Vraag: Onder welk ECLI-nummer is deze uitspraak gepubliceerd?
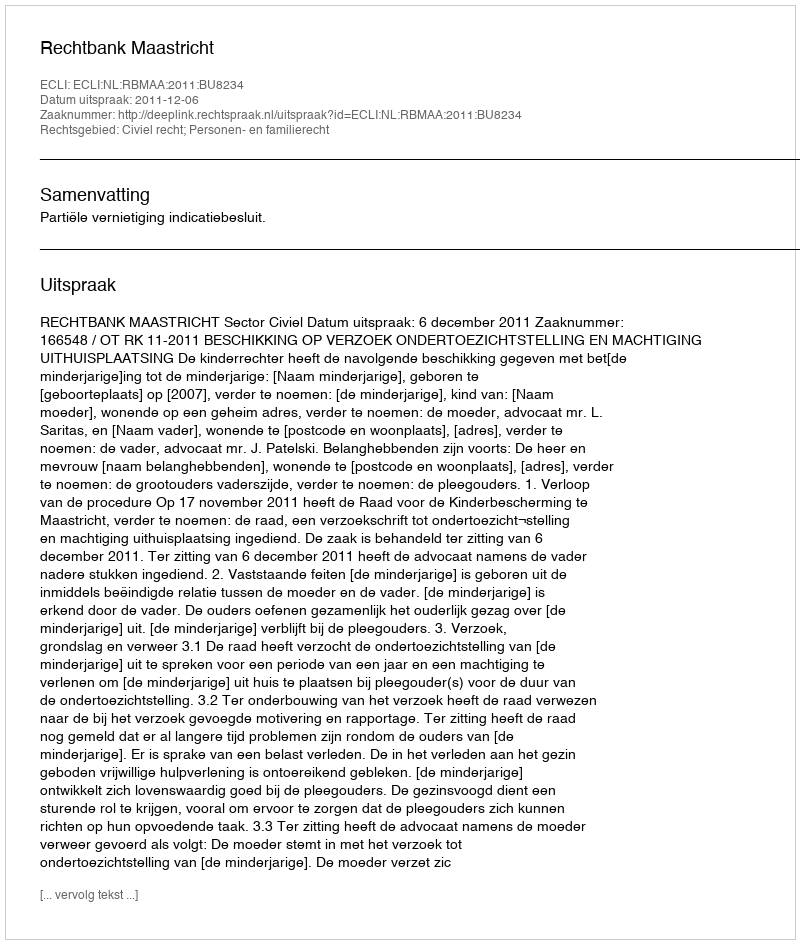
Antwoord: ECLI:NL:RBMAA:2011:BU8234